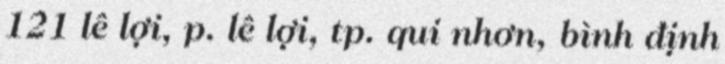
121 lê lợi, p. lê lợi, tp. qui nhơn, bình định